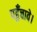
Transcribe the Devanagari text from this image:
पहुँचावे।